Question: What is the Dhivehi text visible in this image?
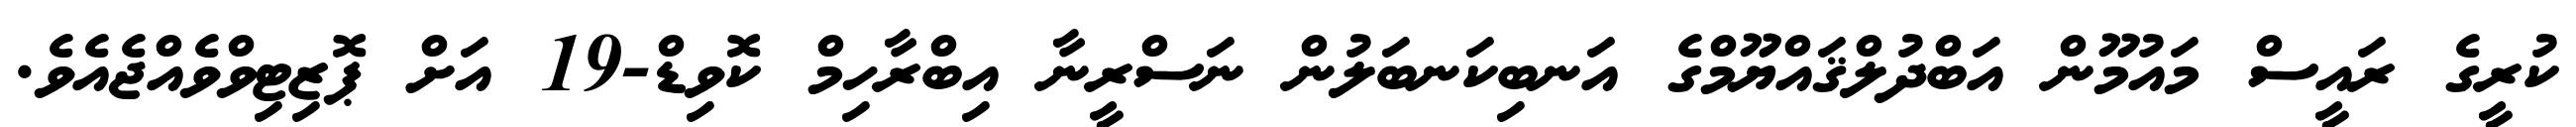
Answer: ކުރީގެ ރައީސް މައުމޫން އަބްދުލްޤައްޔޫމްގެ އަނބިކަނބަލުން ނަސްރީނާ އިބްރާހިމް ކޮވިޑް-19 އަށް ޕޮޒިޓިވްވެއްޖެއެވެ.